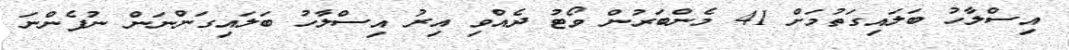
އިސްލާހު ބަލައިގަތުމަށް 41 މެންބަރުން ވޯޓު ދެއްވި އިރު އިސްލާހު ބަލައިގަންނަން ނުފެންނަ